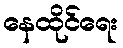
နေထိုင်ရေး